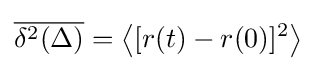
{\overline {\delta ^{2}(\Delta )}}=\left\langle [r(t)-r(0)]^{2}\right\rangle